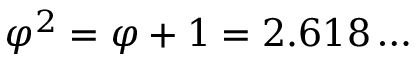
\varphi ^ { 2 } = \varphi + 1 = 2 . 6 1 8 \dots